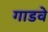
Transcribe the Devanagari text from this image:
गाडवे